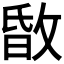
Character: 𢽹